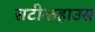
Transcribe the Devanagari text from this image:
सटीकहाउस